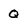
Character: Q